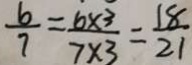
\frac { 6 } { 7 } = \frac { 6 \times 3 } { 7 \times 3 } = \frac { 1 8 } { 2 1 }